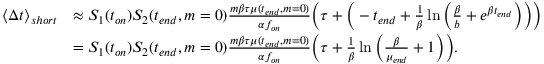
\begin{array} { r l } { \langle \Delta t \rangle _ { s h o r t } } & { \approx S _ { 1 } ( t _ { o n } ) S _ { 2 } ( t _ { e n d } , m = 0 ) \frac { m \beta \tau \mu ( t _ { e n d } , m = 0 ) } { \alpha f _ { o n } } \bigg ( \tau + \bigg ( - t _ { e n d } + \frac { 1 } { \beta } \ln { \bigg ( \frac { \beta } { b } + e ^ { \beta t _ { e n d } } \bigg ) } \bigg ) \bigg ) } \\ & { = S _ { 1 } ( t _ { o n } ) S _ { 2 } ( t _ { e n d } , m = 0 ) \frac { m \beta \tau \mu ( t _ { e n d } , m = 0 ) } { \alpha f _ { o n } } \bigg ( \tau + \frac { 1 } { \beta } \ln { \bigg ( \frac { \beta } { \mu _ { e n d } } + 1 \bigg ) } \bigg ) . } \end{array}